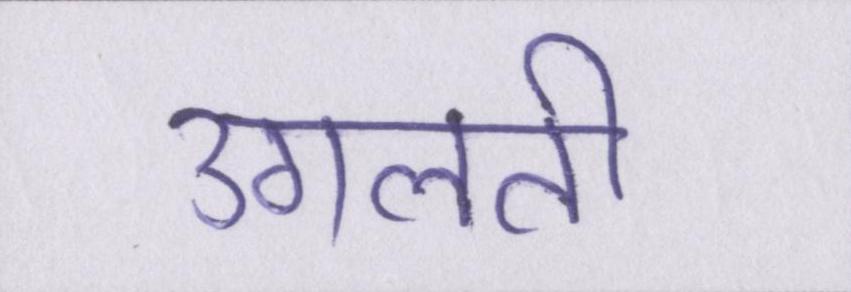
उगलती